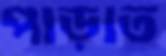
পাড়াত